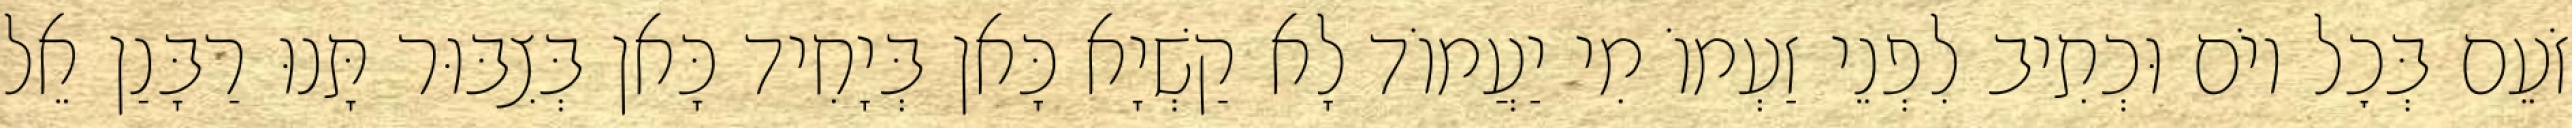
זֹעֵם בְּכׇל יוֹם וּכְתִיב לִפְנֵי זַעְמוֹ מִי יַעֲמוֹד לָא קַשְׁיָא כָּאן בְּיָחִיד כָּאן בְּצִבּוּר תָּנוּ רַבָּנַן אֵל